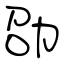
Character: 劭